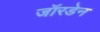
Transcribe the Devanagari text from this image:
जॉरडेन